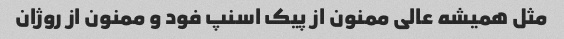
مثل همیشه عالی ممنون از پیک اسنپ فود و ممنون از روژان